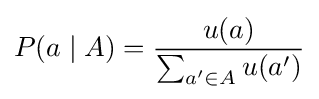
P(a\mid A)={\frac {u(a)}{\sum _{a'\in A}u(a')}}